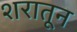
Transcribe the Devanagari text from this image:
शरातून